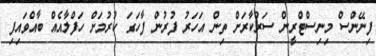
ފިނޭންސް މިނިސްޓްރީން ސަރުކާރަށް ތިން އަހަރު ފުރުން ފާހަގަ ކުރުމަށް ހަފްލާއެއް ބާއްވައިފި